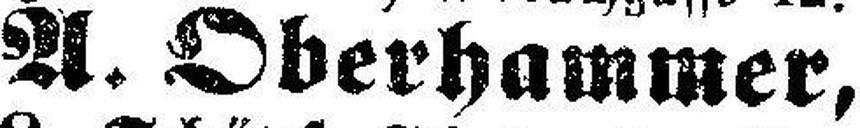
A. Oberhammer,